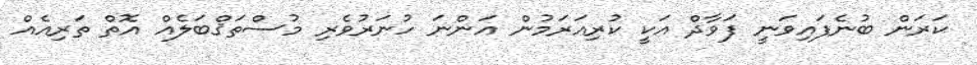
ކަރަން ބުނެފައިވަނީ ފަވާދް އަކީ ކުރިއަރަމުން އަންނަ ހުނަރުވެރި މުސްތަޤްބަލެއް އޮތް ތަރިއެއް